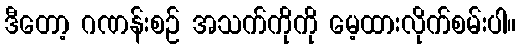
ဒီတော့ ဂဏန်းစဉ် အသက်ကိုကို မေ့ထားလိုက်စမ်းပါ။